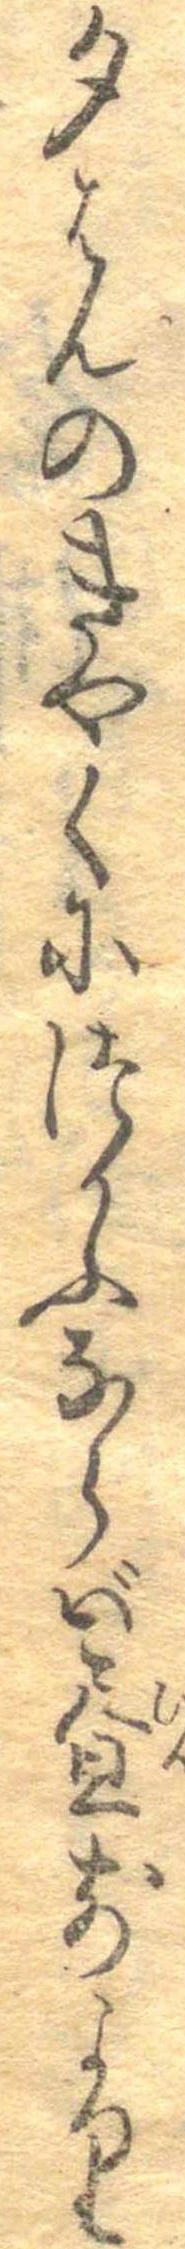
夕はんのきやくにつかふならば昼前より